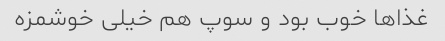
غذاها خوب بود و سوپ هم خیلی خوشمزه